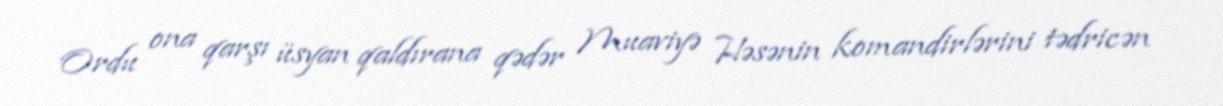
Ordu ona qarşı üsyan qaldırana qədər Muaviyə Həsənin komandirlərini tədricən